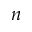
n